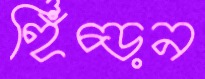
হিঁচ্‌ড়ন